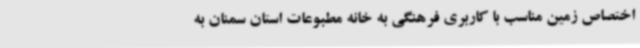
اختصاص زمین مناسب با کاربری فرهنگی به خانه مطبوعات استان سمنان به